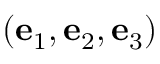
( \mathbf { e } _ { 1 } , \mathbf { e } _ { 2 } , \mathbf { e } _ { 3 } )